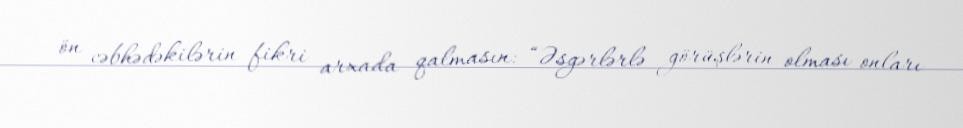
ön cəbhədəkilərin fikri arxada qalmasın: “Əsgərlərlə görüşlərin olması onları